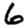
Digit: 6